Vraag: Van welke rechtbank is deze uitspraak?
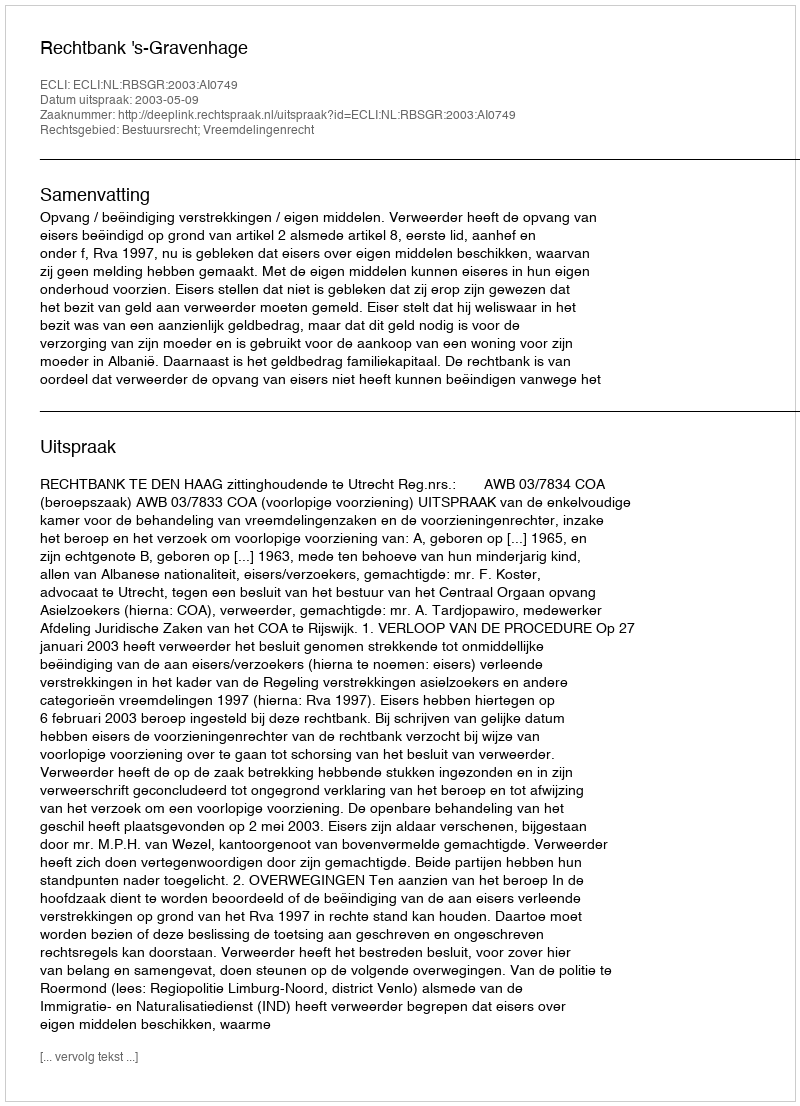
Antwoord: Rechtbank 's-Gravenhage